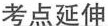
考点延伸